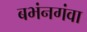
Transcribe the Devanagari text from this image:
बभंनगंवा